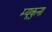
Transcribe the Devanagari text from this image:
म्यूकुना